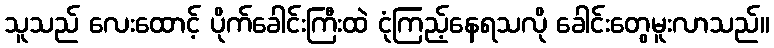
သူသည် လေးထောင့် ပိုက်ခေါင်းကြီးထဲ ငုံကြည့်နေရသလို ခေါင်းတွေမူးလာသည်။